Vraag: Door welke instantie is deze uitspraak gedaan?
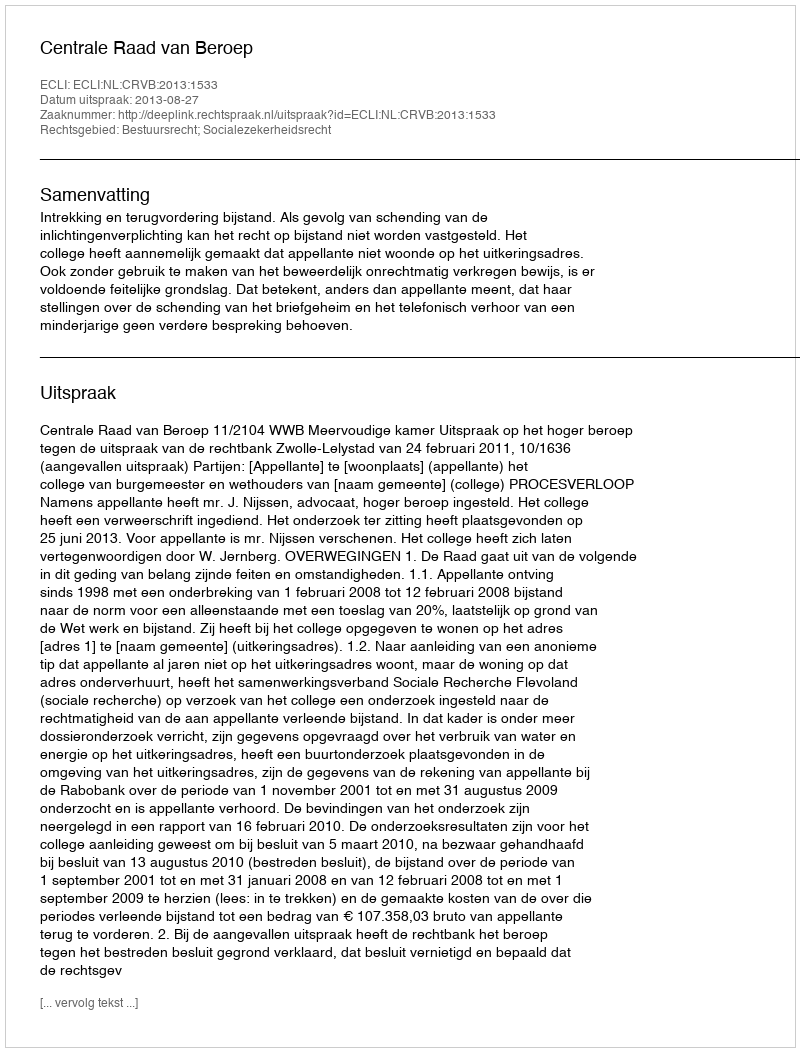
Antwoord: Centrale Raad van Beroep